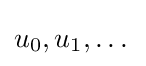
u_{0},u_{1},\dots